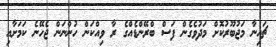
ޗައިނާ މަޖުބޫރުކޮށް މަދުވެގެން ފަސް ބްރޭންޑެއްގެ ރާ ވިއްކަން ހުންނަން ޖެހޭނެ ކަމަށާއި